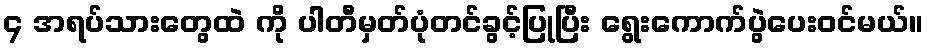
၄ အရပ်သားတွေထဲ ကို ပါတီမှတ်ပုံတင်ခွင့်ပြုပြီး ရွေးကောက်ပွဲပေးဝင်မယ်။